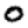
Digit: 0